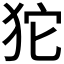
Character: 𤝛